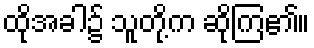
ထိုအခါ၌ သူတို့က ဆိုကြ၏။